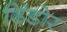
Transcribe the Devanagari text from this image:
ढिंडोर